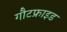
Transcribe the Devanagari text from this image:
गौटफ्राइड